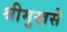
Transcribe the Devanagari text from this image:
श्रीमुखसे